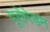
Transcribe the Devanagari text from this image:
यूरोमेडन